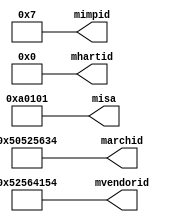
/*
MROVIDPID
*/
module mro_csr(
output wire [63:0]marchid,
output wire [63:0]mimpid,
output wire [63:0]mhartid,
output wire [63:0]mvendorid,
output wire [63:0]misa
);

assign misa		=	64'b00000000_00000000_00000000_00000000_00000000_00001010_00000001_00000001;
//						_________________________________________________U_S_________I________A
assign mvendorid=	64'h0000_0000_5256_4154;	//RVAT
assign marchid	=	64'h50525634;	//
assign mhartid	=	64'h0;
assign mimpid	=	64'd7;	//update 20200503 

endmodule